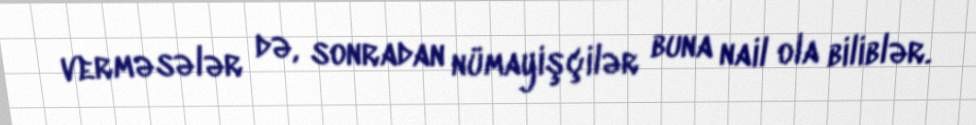
verməsələr də, sonradan nümayişçilər buna nail ola biliblər.